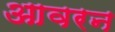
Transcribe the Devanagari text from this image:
आवरन